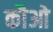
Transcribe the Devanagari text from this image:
कौओ